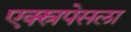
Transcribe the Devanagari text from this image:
एक्स्रपेसला